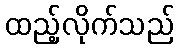
ထည့်လိုက်သည်